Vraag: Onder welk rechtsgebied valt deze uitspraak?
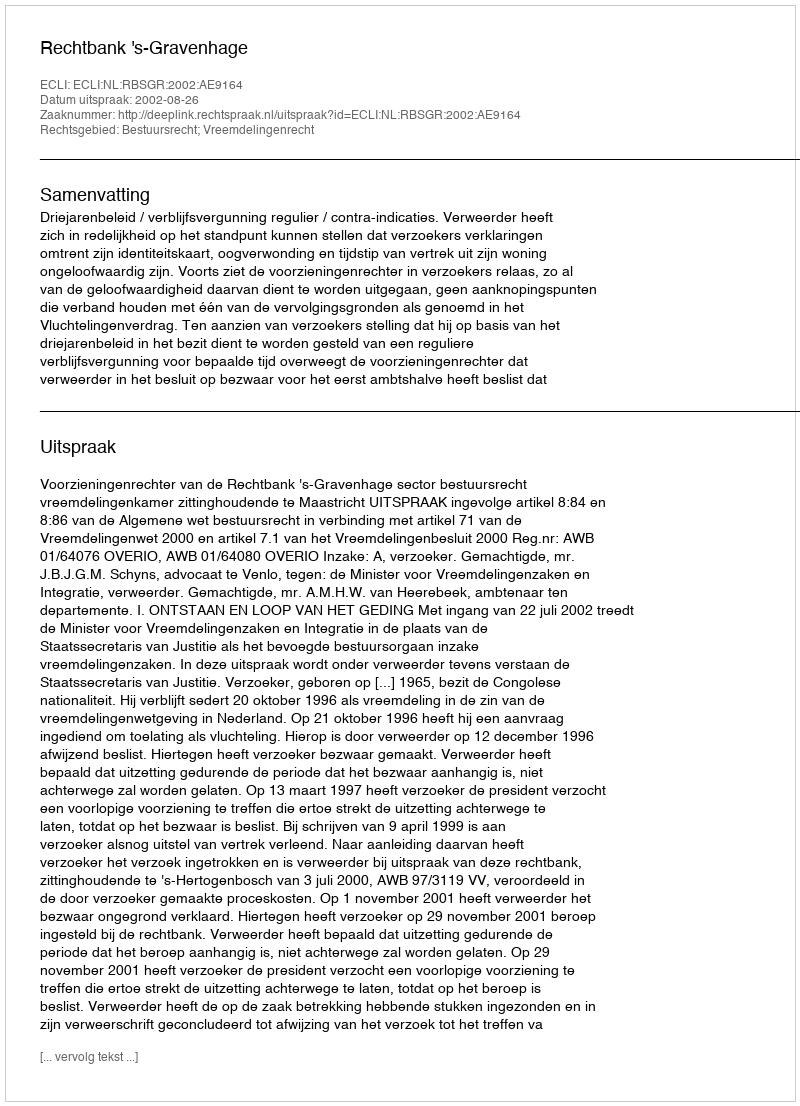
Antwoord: Bestuursrecht; Vreemdelingenrecht